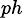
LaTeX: _{ph}